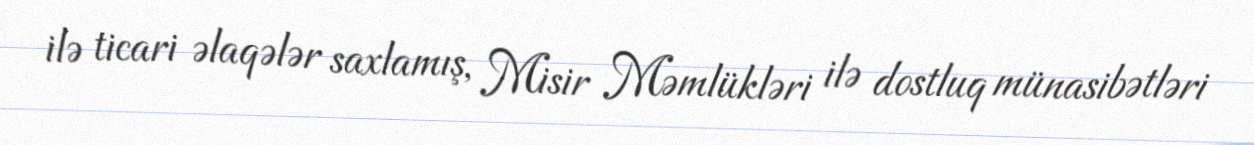
ilə ticari əlaqələr saxlamış, Misir Məmlükləri ilə dostluq münasibətləri